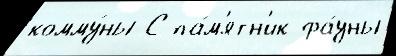
комму́ны С па́м'ятн'ик фа́уны